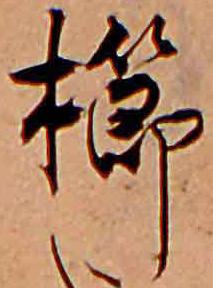
櫛